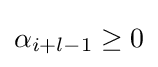
\alpha _{i+l-1}\geq 0